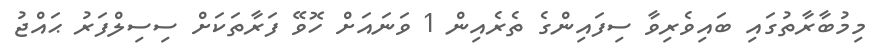
މިމުބާރާތުގައި ބައިވެރިވާ ސިފައިންގެ ތެރެއިން 1 ވަނައަށް ހޮވޭ ފަރާތަކަށް ސިސިލްފަރު ޙައްޖު